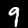
Digit: 9